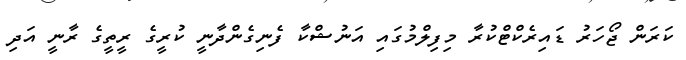
ކަރަން ޖޯހަރު ޑައިރެކްޓްކުރާ މިފިލްމުގައި އަނުޝްކާ ފެނިގެންދާނީ ކުރީގެ ރީތީގެ ރާނީ އަދި